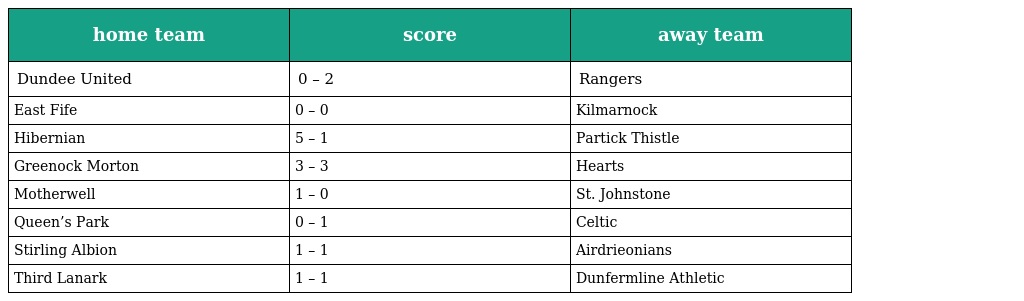
| home team | score | away team |
 | --- | --- | --- |
 | Dundee United | 0 – 2 | Rangers |
 | East Fife | 0 – 0 | Kilmarnock |
 | Hibernian | 5 – 1 | Partick Thistle |
 | Greenock Morton | 3 – 3 | Hearts |
 | Motherwell | 1 – 0 | St. Johnstone |
 | Queen’s Park | 0 – 1 | Celtic |
 | Stirling Albion | 1 – 1 | Airdrieonians |
 | Third Lanark | 1 – 1 | Dunfermline Athletic |